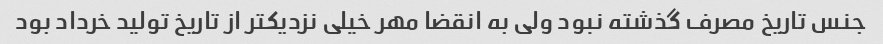
جنس تاریخ مصرف گذشته نبود ولی به انقضا مهر خیلی نزدیکتر از تاریخ تولید خرداد بود